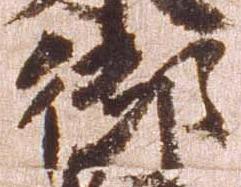
御